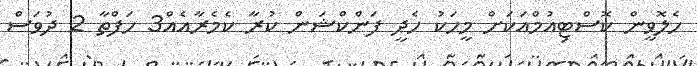
ހެލޮވީން ކޮސްޓިއުމްއަކަށް މީހަކު ހެދީ ފަންކްޝަން ކުރާ ކެމެރާއެއް3 ހަފްތާ 2 ދުވަސް